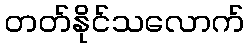
တတ်နိုင်သလောက်